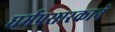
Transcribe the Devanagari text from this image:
धर्मप्रसारकाने